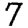
Digit: 7